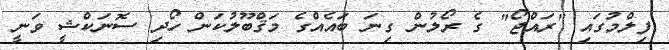
ފިލްމުގައި "ރައްޖޯ" ގެ ރޯލުން ގިނަ ބައެއްގެ މަޤްބޫލުކަން ހޯދި ސޮނަކްޝީ ވަނީ